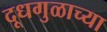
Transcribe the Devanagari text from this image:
दूधगुळाच्या